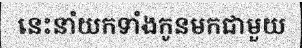
នេះនាំយកទាំងកូនមកជាមួយ